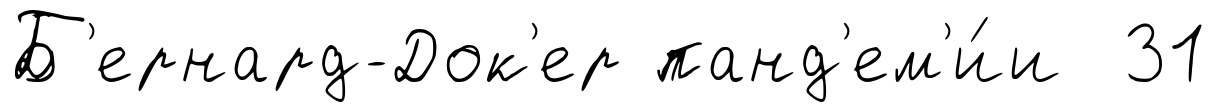
Б'ернард-Док'ер панд'ем'и́и 31